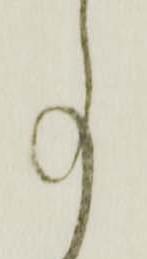
事